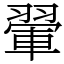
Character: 翬